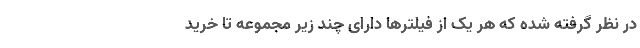
در نظر گرفته شده که هر یک از فیلترها دارای چند زیر مجموعه تا خرید